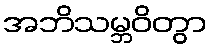
အဘိသမ္ဘဝိတွာ